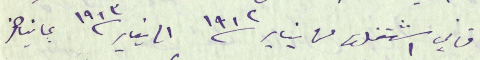
فاني اشتغلت من يناير ١٩١٢ الى يناير ١٩١٣ بما يناهز